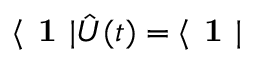
\langle \textbf { 1 } | \hat { U } ( t ) = \langle \textbf { 1 } |